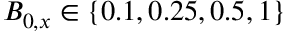
B _ { 0 , x } \in \left\lbrace 0 . 1 , 0 . 2 5 , 0 . 5 , 1 \right\rbrace